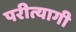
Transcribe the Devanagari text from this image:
परीत्यागी